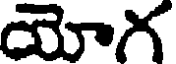
యోగ